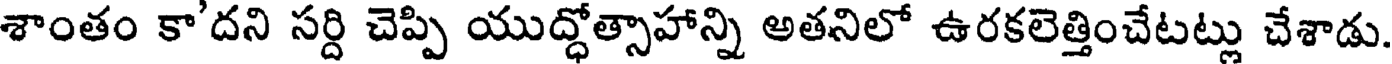
శాంతం కా'దని సర్ది చెప్పి యుద్ధోత్సాహాన్ని అతనిలో ఉరకలెత్తించేటట్లు చేశాడు